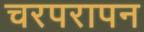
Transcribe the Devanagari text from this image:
चरपरापन